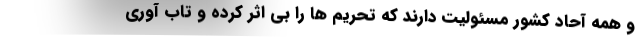
و همه ‌آحاد کشور مسئولیت دارند که تحریم ها را بی اثر کرده و تاب آوری